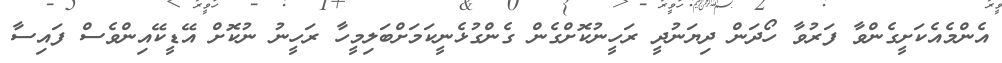
އެންމެއެކަށީގެންވާ ފަރުވާ ހޯދަން ދިޔަނުދީ ރަހީނުކޮށްގެން ގެންގުޅެނީކަމަށްބަލިމީހާ ރަހީނު ނުކޮށް އޭޑީކޭއިންވެސް ފައިސާ